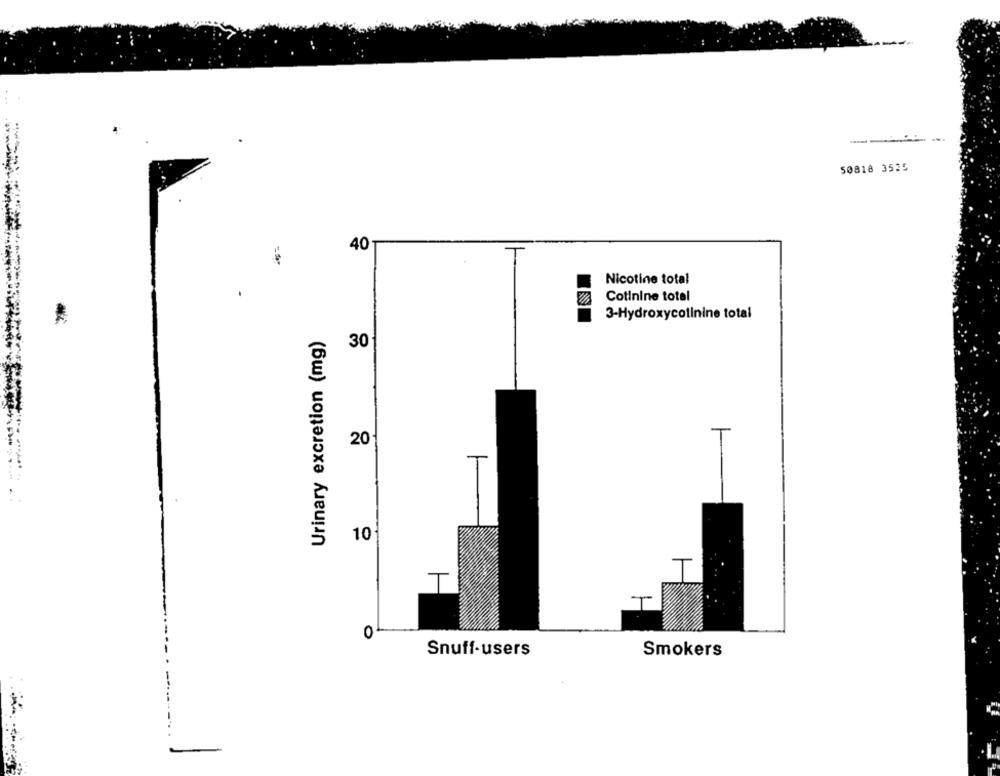
--
50818 3535
401
Nicotine total
Cotinine total
3-Hydroxycolinine total
Urinary excretion (mg)
30
20
10
T
0
Snuff-users
Smokers